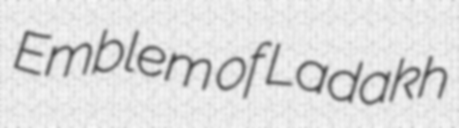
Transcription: Emblem of Ladakh